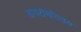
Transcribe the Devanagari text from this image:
डायटोमेसियस